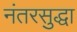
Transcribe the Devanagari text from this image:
नंतरसुद्धा